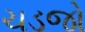
ચડજો